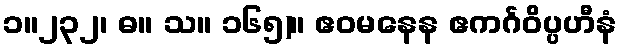
၁။၂၃၂၊ ဓ။ သ။ ၁၆၅)။ ဧဝမနေန ဧကင်္ဂဝိပ္ပဟီနံ